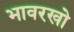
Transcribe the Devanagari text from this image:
भावरखो